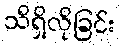
သိရှိလိုခြင်း